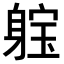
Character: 𨉗